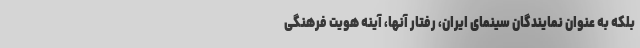
بلکه به عنوان نمایندگان سینمای ایران، رفتار آنها، آینه هویت فرهنگی